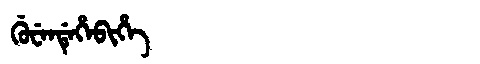
Manchu: ᡤᡠᠸᡝᠨᡩᡝᡥᡝᠪᡳᡥᡝ
Romanization: GUWENDEHEBIHE